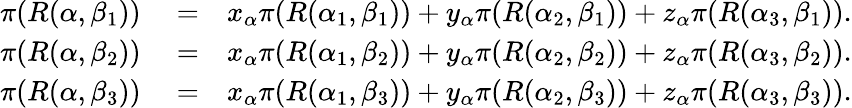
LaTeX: \begin{array}{rlr}{\pi(R(\alpha,\beta_{1}))}&{{}=}&{x_{\alpha}\pi(R(\alpha_{1},\beta_{1}))+y_{\alpha}\pi(R(\alpha_{2},\beta_{1}))+z_{\alpha}\pi(R(\alpha_{3},\beta_{1})).}\\ {\pi(R(\alpha,\beta_{2}))}&{{}=}&{x_{\alpha}\pi(R(\alpha_{1},\beta_{2}))+y_{\alpha}\pi(R(\alpha_{2},\beta_{2}))+z_{\alpha}\pi(R(\alpha_{3},\beta_{2})).}\\ {\pi(R(\alpha,\beta_{3}))}&{{}=}&{x_{\alpha}\pi(R(\alpha_{1},\beta_{3}))+y_{\alpha}\pi(R(\alpha_{2},\beta_{3}))+z_{\alpha}\pi(R(\alpha_{3},\beta_{3})).}\end{array}